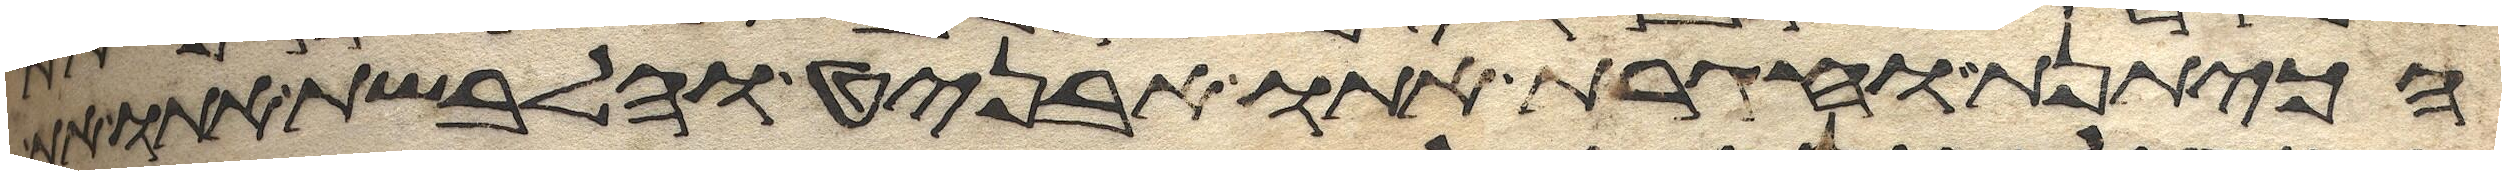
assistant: הכיתנת וחגרת אתו אבניט והלבשת אתו